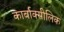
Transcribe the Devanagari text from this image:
कार्बाक्सीलिक